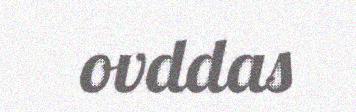
ovddas